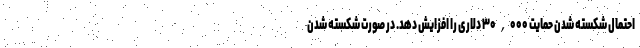
احتمال شکسته شدن حمایت ۳۰,۰۰۰ دلاری را افزایش دهد. در صورت شکسته شدن